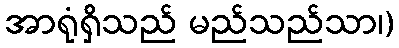
အာရုံရှိသည် မည်သည်သာ၊)